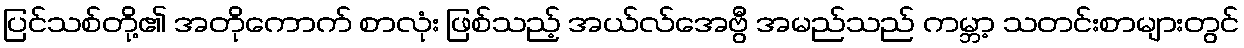
ပြင်သစ်တို့၏ အတိုကောက် စာလုံး ဖြစ်သည့် အယ်လ်အေဗွီ အမည်သည် ကမ္ဘာ့ သတင်းစာများတွင်